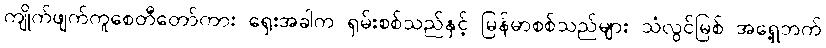
ကျိုက်ဖျက်ကူစေတီတော်ကား ရှေးအခါက ရှမ်းစစ်သည်နှင့် မြန်မာစစ်သည်များ သံလွင်မြစ် အရှေ့ဘက်